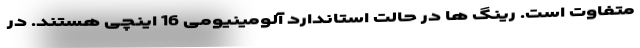
متفاوت است. رینگ ها در حالت استاندارد آلومینیومی 16 اینچی هستند. در